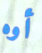
أوه